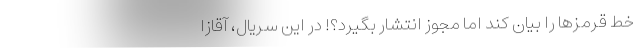
خط قرمزها را بیان کند اما مجوز انتشار بگیرد؟! در این سریال، آقازا